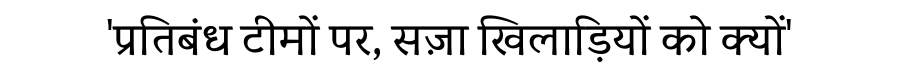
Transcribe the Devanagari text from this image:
'प्रतिबंध टीमों पर, सज़ा खिलाड़ियों को क्यों'